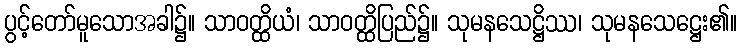
ပွင့်တော်မူသောအခါ၌။ သာဝတ္ထိယံ၊ သာဝတ္ထိပြည်၌။ သုမနသေဋ္ဌိဿ၊ သုမနသေဋ္ဌေး၏။